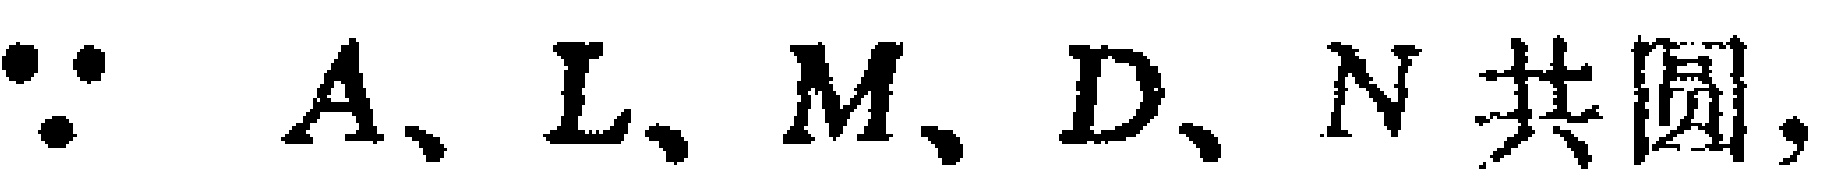
$\because\ A、L、M、D、N\ 共圆,$